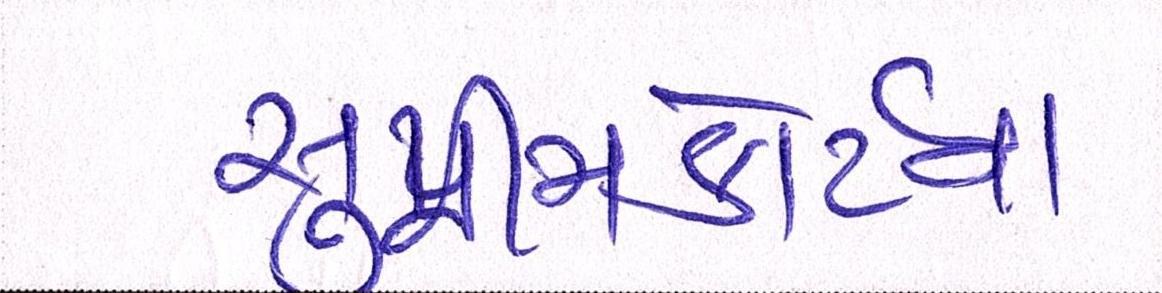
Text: સુપ્રીમકોર્ટના